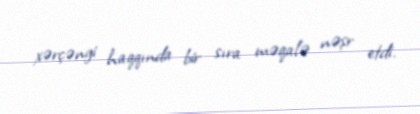
xərçəngi haqqında bir sıra məqalə nəşr etdi.